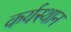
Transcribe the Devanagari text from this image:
कर्यस्थान